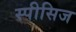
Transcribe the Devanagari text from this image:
स्पीसिज